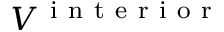
V ^ { \mathrm { ~ i ~ n ~ t ~ e ~ r ~ i ~ o ~ r ~ } }